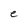
Character: e